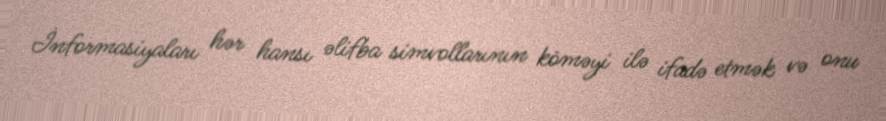
İnformasiyaları hər hansı əlifba simvollarının köməyi ilə ifadə etmək və onu